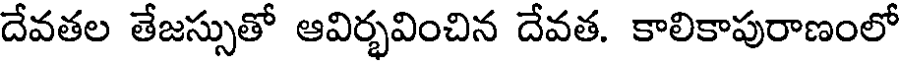
దేవతల తేజస్సుతో ఆవిర్భవించిన దేవత. కాలికాపురాణంలో